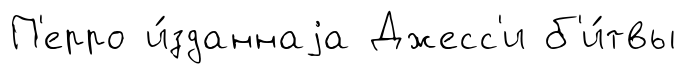
П'ерро и́зданнаjа Джесс'и б'и́твы